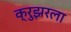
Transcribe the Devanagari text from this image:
क्रुझरला